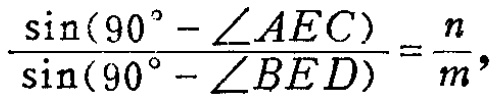
\(\frac{\sin(90^{\circ}-\angle AEC)}{\sin(90^{\circ}-\angle BED)}=\frac{n}{m},\)